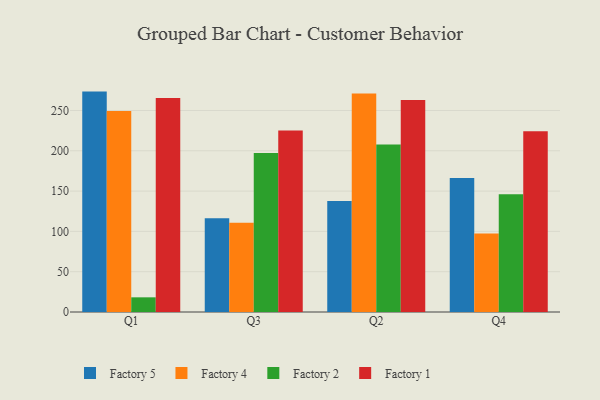
{"axis": {"x": "Quarter", "y": "Bounce Rate (%)"}, "legend": ["Factory 1", "Factory 2", "Factory 4", "Factory 5"], "data": [{"x": "Q1", "y": 273.4, "type": "Factory 5"}, {"x": "Q1", "y": 249.3, "type": "Factory 4"}, {"x": "Q1", "y": 18.2, "type": "Factory 2"}, {"x": "Q1", "y": 265.4, "type": "Factory 1"}, {"x": "Q3", "y": 116.4, "type": "Factory 5"}, {"x": "Q3", "y": 110.6, "type": "Factory 4"}, {"x": "Q3", "y": 197.2, "type": "Factory 2"}, {"x": "Q3", "y": 225.0, "type": "Factory 1"}, {"x": "Q2", "y": 137.7, "type": "Factory 5"}, {"x": "Q2", "y": 271.0, "type": "Factory 4"}, {"x": "Q2", "y": 207.8, "type": "Factory 2"}, {"x": "Q2", "y": 263.1, "type": "Factory 1"}, {"x": "Q4", "y": 166.1, "type": "Factory 5"}, {"x": "Q4", "y": 97.4, "type": "Factory 4"}, {"x": "Q4", "y": 146.1, "type": "Factory 2"}, {"x": "Q4", "y": 224.3, "type": "Factory 1"}]}